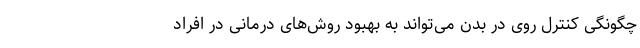
چگونگی کنترل روی در بدن می‌تواند به بهبود روش‌های درمانی در افراد